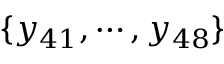
\{ y _ { 4 1 } , \cdots , y _ { 4 8 } \}